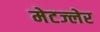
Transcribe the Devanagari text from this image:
मेटज्लेर